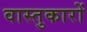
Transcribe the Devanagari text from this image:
वास्‍तुकारों